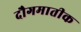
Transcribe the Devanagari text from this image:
दौगमातीक